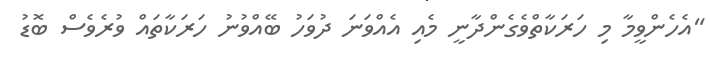
"އެހެންވީމާ މި ހަރަކާތްވެގެންދާނީ މެއި އެއްވަނަ ދުވަހު ބޭއްވުނު ހަރަކާތައް ވުރެވެސް ބޮޑު